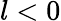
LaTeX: l<0